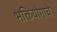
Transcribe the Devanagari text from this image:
भक्तियोगाचे